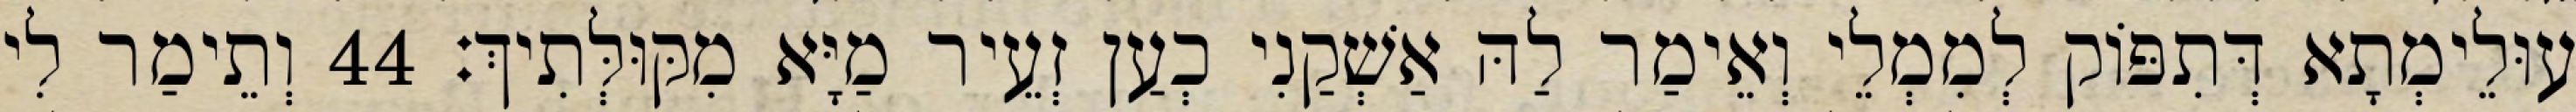
עוּלֵימְתָא דְּתִפּוֹק לְמִמְלֵי וְאֵימַר לַהּ אַשְׁקַנִי כְעַן זְעֵיר מַיָּא מִקּוּלְּתִיךְ׃ 44 וְתֵימַר לִי